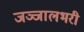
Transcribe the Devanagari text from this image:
जञ्जालभरी